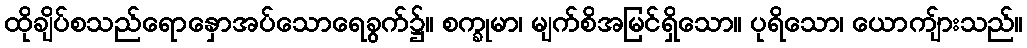
ထိုချိပ်စသည်ရောနှောအပ်သောရေခွက်၌။ စက္ခုမာ၊ မျက်စိအမြင်ရှိသော။ ပုရိသော၊ ယောကျ်ားသည်။